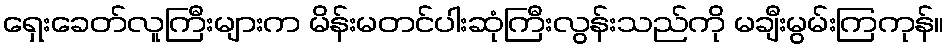
ရှေးခေတ်လူကြီးများက မိန်းမတင်ပါးဆုံကြီးလွန်းသည်ကို မချီးမွမ်းကြကုန်။